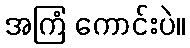
အကြံ ကောင်းပဲ။